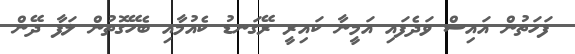
ފަހަތުން އައިސް ވަދެފައި އަމީނާ ކައިރީ ރޭގަނޑު ކެއުމާއި ބެހޭގޮތުން ލަފާ ދޭން